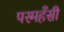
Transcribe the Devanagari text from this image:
परमहँसी